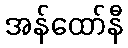
အန်ထော်နီ